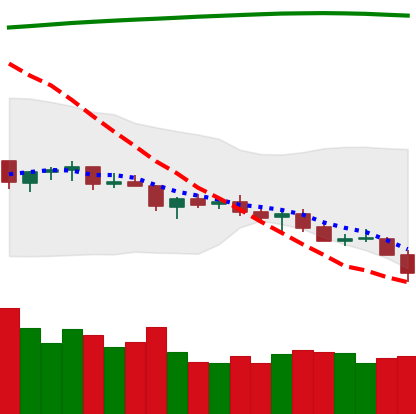
Ticker: TRX-USD
Chart end date: 2021-07-20
Forward return: 14.482%
Label: up_7plus